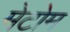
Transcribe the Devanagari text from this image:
मेटोम